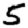
Digit: 5